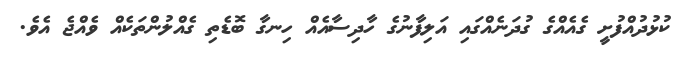
ކުޅުދުއްފުށީ ގެއެއްގެ ގުދަނެއްގައި އަލިފާނުގެ ހާދިސާއެއް ހިނގާ ބޮޑެތި ގެއްލުންތަކެއް ވެއްޖެ އެވެ.